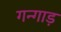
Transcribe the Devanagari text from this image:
गन्गाड़